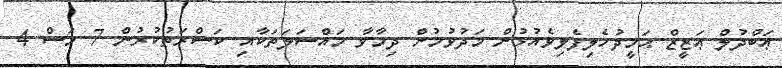
ޢަބްދުލް ޢަޒީޒް ޙަމީދުހެލިފެލިވެއުޅުން މަދުވުމުން ދިމާވާ މައްސަލަތަކާއި ކަސްރަތުކުރުން 7 މަސް 4